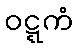
ဝဋ္ဋကံ